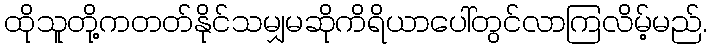
ထိုသူတို့ကတတ်နိုင်သမျှမဆိုကိရိယာပေါ်တွင်လာကြလိမ့်မည်.